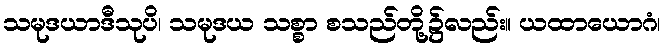
သမုဒယာဒီသုပိ၊ သမုဒယ သစ္စာ စသည်တို့၌လည်း။ ယထာယောဂံ၊